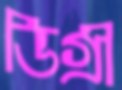
ডিগ্রী